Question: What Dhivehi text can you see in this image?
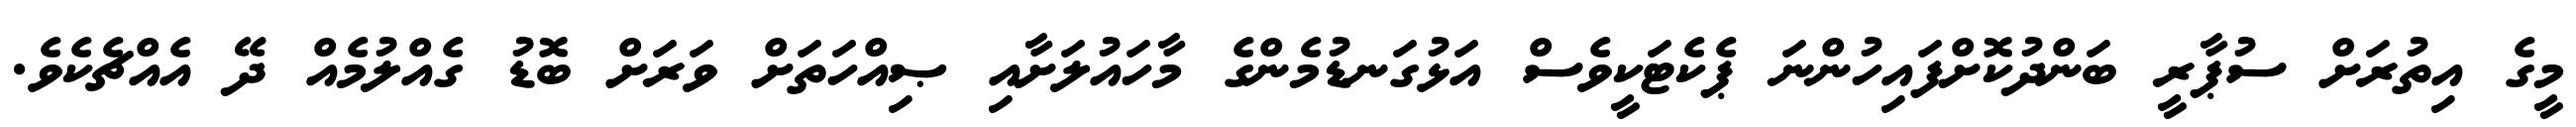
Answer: މީގެ އިތުރަށް ސުޕާރީ ބަންދުކޮށްފައިހުންނަ ޕެކެޓަކީވެސް އަޅުގަނޑުމެންގެ މާހައުލަށާއި ޞިއްހަތަށް ވަރަށް ބޮޑު ގެއްލުމެއް ދޭ އެއްޗެކެވެ.